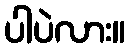
ပါပဲလား။